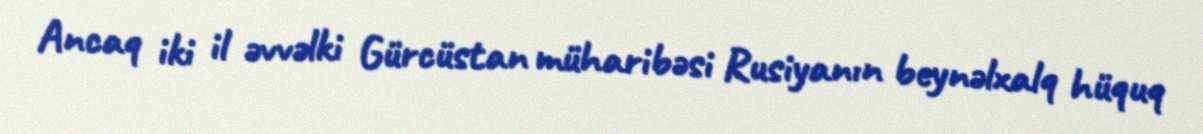
Ancaq iki il əvvəlki Gürcüstan müharibəsi Rusiyanın beynəlxalq hüquq